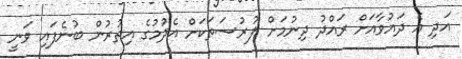
އަދި އެ ދައުވާއަށް ރައްދު ދިނުމަށް ފުރުސަތަކަށް އެދުމުގެ އިތުރުން ބުނެފައި ވަނީ